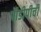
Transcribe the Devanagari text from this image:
पीडीपीची